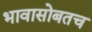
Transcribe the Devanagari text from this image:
भावासोबतच